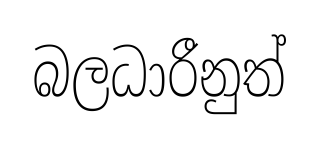
බලධාරීනුත්